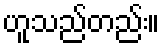
ဟူသည်တည်း။